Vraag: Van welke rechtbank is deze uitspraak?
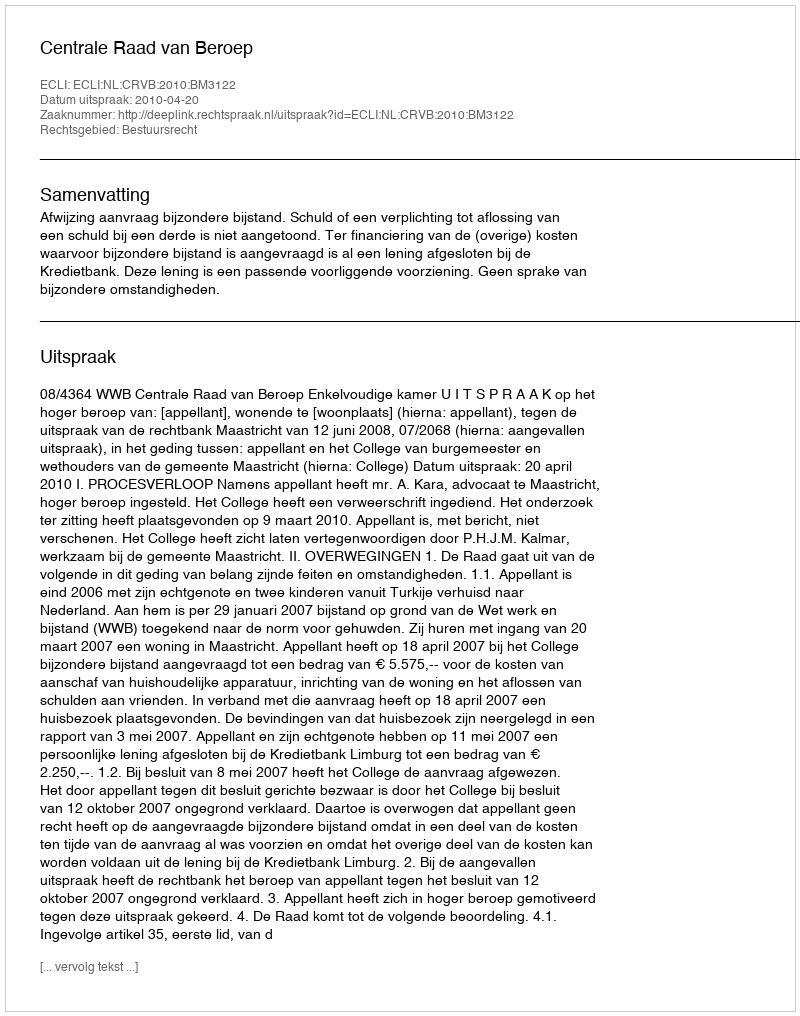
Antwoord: Centrale Raad van Beroep